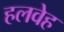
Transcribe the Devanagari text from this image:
हलवेह